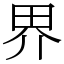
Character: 界